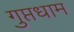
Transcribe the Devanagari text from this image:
गुप्तधाम